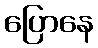
ပြောနေ